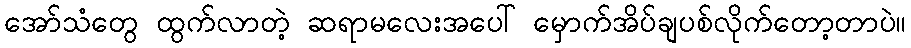
အော်သံတွေ ထွက်လာတဲ့ ဆရာမလေးအပေါ် မှောက်အိပ်ချပစ်လိုက်တော့တာပဲ။